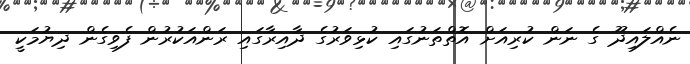
ނެއްލައިދޫ ގެ ނަން ކުރިއަށް އޮތްތަނުގައި ކުޅިވަރުގެ ދާއިރާގައި ރަންއަކުރުން ފެވިގެން ދިޔުމަކީ